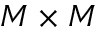
M \times M